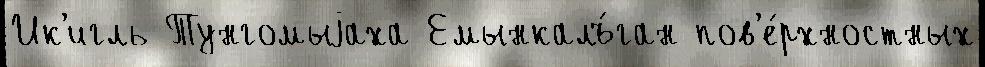
Ик'игль Тунгомыjаха Емынкалъ́ган пов'е́рхностных